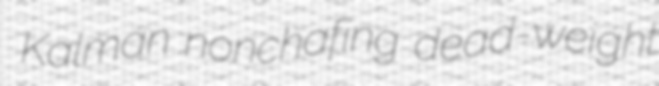
Kalman nonchafing dead-weight